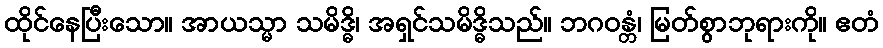
ထိုင်နေပြီးသော။ အာယသ္မာ သမိဒ္ဓိ၊ အရှင်သမိဒ္ဓိသည်။ ဘဂဝန္တံ၊ မြတ်စွာဘုရားကို။ ဧတံ